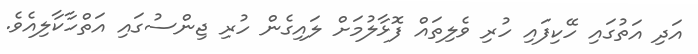
އަދި އަތުގައި ހޭކިފައި ހުރި ވެލިތައް ފޮޅާލުމަށް ލައިގެން ހުރި ޖިންސުގައި އަތްހާކާލިއެވެ.